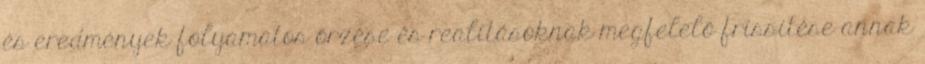
és eredmények folyamatos őrzése és realitásoknak megfelelő frissítése annak